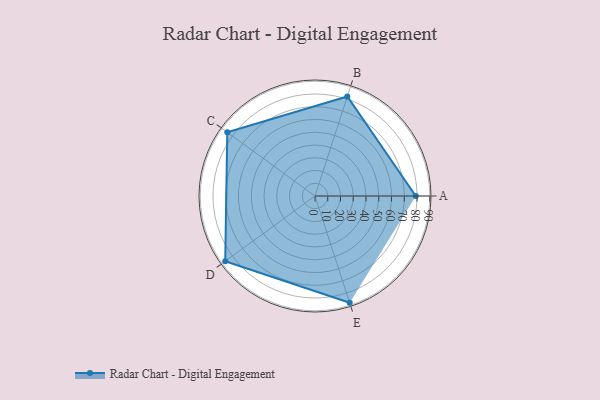
{"axis": {"x": "Skill", "y": "Score"}, "legend": ["Profile"], "data": [{"x": "A", "y": 79.0, "type": "Profile"}, {"x": "B", "y": 82.0, "type": "Profile"}, {"x": "C", "y": 85.0, "type": "Profile"}, {"x": "D", "y": 87.0, "type": "Profile"}, {"x": "E", "y": 88.0, "type": "Profile"}]}